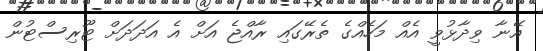
އޭނާ ވިދާޅުވީ އެއް މަހެއްގެ ތެރޭގައި ރާއްޖެ އަށް އެ އަދަދަށް ޓޫރިސްޓުން